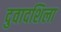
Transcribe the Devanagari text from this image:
दुवादशिला